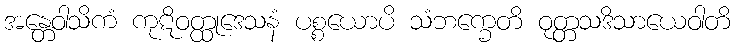
အန္တေဝါသိကံ ကုဋိဝတ္ထုဒေသနံ ပစ္စယောပိ သံဘက္ခေတိ ဝုတ္တသဒိသာယေဝါတိ